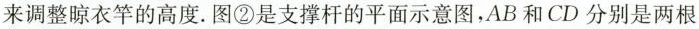
来调整晾衣竿的高度。图②是支撑杆的平面示意图，AB和CD分别是两根